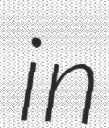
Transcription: in